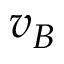
v _ { B }